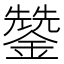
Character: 𮣄